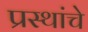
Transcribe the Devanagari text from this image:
प्रस्थांचे